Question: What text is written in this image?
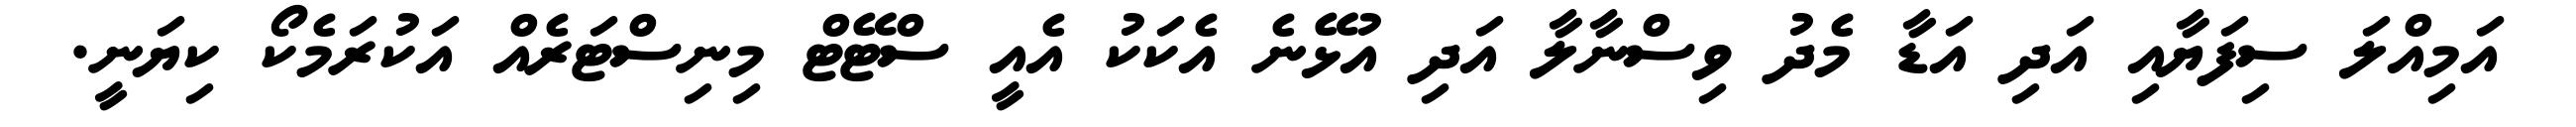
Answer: އަމިއްލަ ސިފަޔާއި އަދި އަޑާ މެދު ވިސްނާލާ އަދި އުޅޭނެ އެކަކު އެއީ ސްޓޭޓް މިނިސްޓަރެއް އަކުރަމެކޯ ކިޔަނީ.